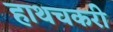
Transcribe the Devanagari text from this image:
हाथचकरी